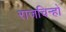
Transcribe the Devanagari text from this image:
राजचिन्हों